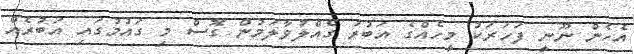
އެހެން ނޫނީ ފަހަރަކު މީހެއްގެ އަބުރު ގެއްލުވާލަމުން ގޮސް މި ގައުމުގައި އަބުރެއް